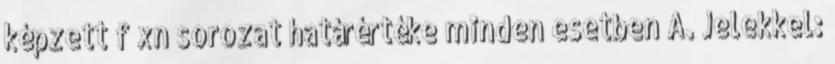
képzett f xn sorozat határértéke minden esetben A. Jelekkel: